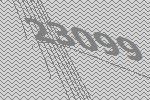
23099